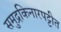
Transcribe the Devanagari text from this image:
समुद्रकिनारपट्टीत